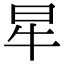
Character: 𤘵